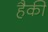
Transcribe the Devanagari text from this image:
हैकी